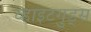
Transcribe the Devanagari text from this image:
व्हाइटगुड्स